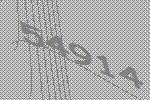
54914